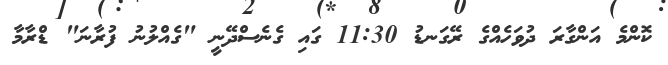
ކޮންމެ އަންގާރަ ދުވަހެއްގެ ރޭގަނޑު 11:30 ގައި ގެނެސްދޭނީ "ގެއްލުނު ފުރާނަ" ޑްރާމާ